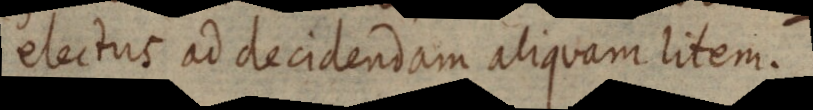
electus ad decidendam aliquam litem.